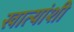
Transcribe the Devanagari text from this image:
खात्यांशी